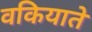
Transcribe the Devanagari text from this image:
वकियाते